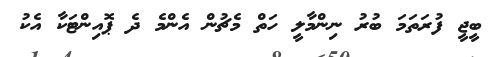
ބީޖީ ފުރަތަމަ ބުރު ނިންމާލީ ހަތް މެޗުން އެންމެ ދެ ޕޮއިންޓަކާ އެކު